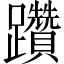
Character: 躦